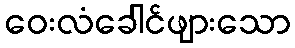
ဝေးလံခေါင်ဖျားသော